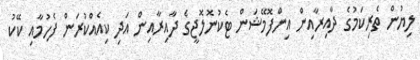
ލިޔުން ތެރިކަމުގެ ދާއިރާއިން އިންފޮމޭޝަން ޓެކުނޮލޮޖީގެ ދާއިރާއިން އަދި ކިއެއްކުރަން ފެހުމާއި ކޭކު